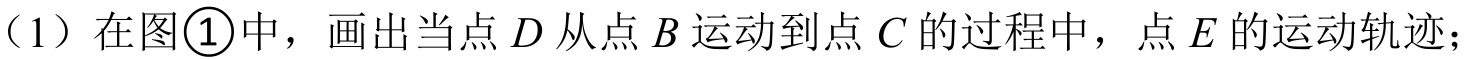
（1）在图\textcircled{1}中，画出当点\(D\)从点\(B\)运动到点\(C\)的过程中，点\(E\)的运动轨迹；